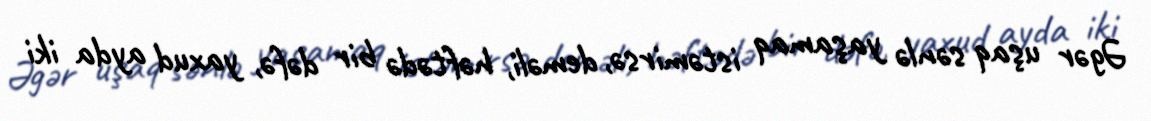
Əgər uşaq sənlə yaşamaq istəmirsə, deməli, həftədə bir dəfə, yaxud ayda iki